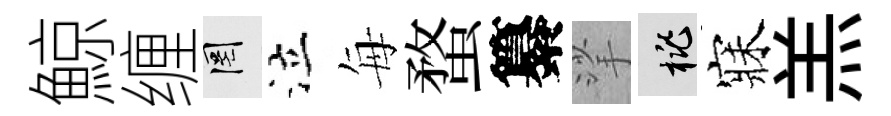
鯨缠罔泣每蝥纂挲桃寐羔